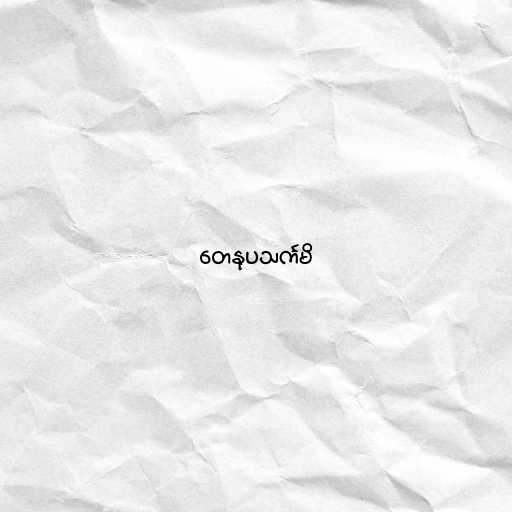
တေနုပသင်္ကမိ